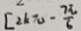
[ 2 k \pi - \frac { 7 \pi } { 6 }